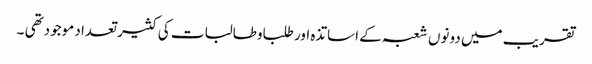
تقریب میں دونوں شعبہ کے اساتذہ اور طلباوطالبات کی کثیر تعداد موجودتھی ۔